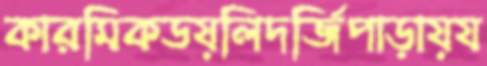
কারমিকডয়লিদর্জিপাড়ায়য